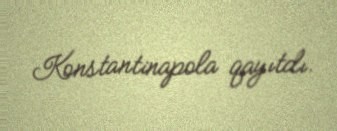
Konstantinapola qayıtdı.